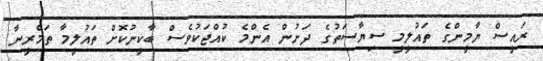
ރައީސް ޔާމީންގެ ތައުލީމީ ސިޔާސަތުގެ ދަށުން އެންމެ ކުއްޖަކުވެސް ބާކީނުކޮށް ތައުލީމާ ތަމްރީނާ